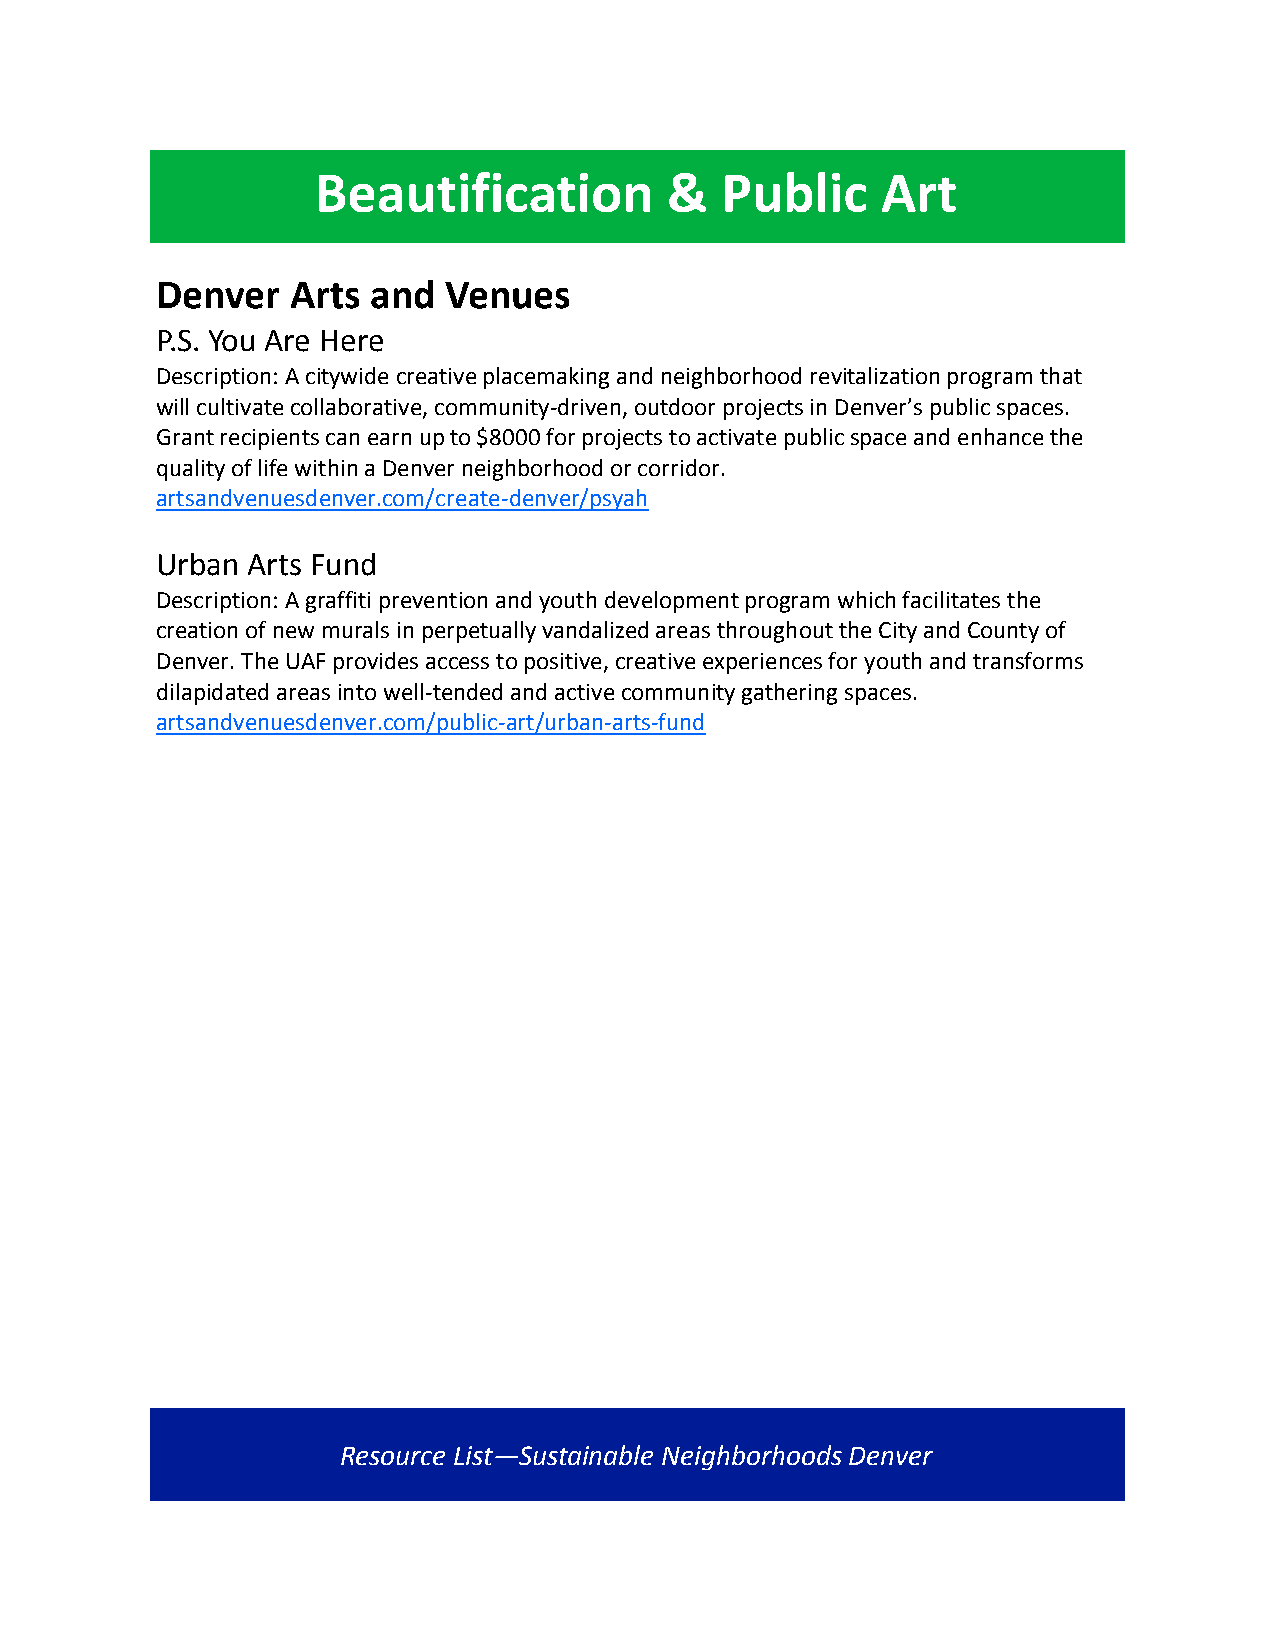
Beautification         &   Public    Art
 Denver   Arts  and Venues
 P.S. You Are Here
 Description: A citywide creative placemaking and neighborhood revitalization program that
 will cultivate collaborative, community-driven, outdoor projects in Denver’s public spaces.
 Grant recipients can earn up to $8000 for projects to activate public space and enhance the
 quality of life within a Denver neighborhood or corridor.
 artsandvenuesdenver.com/create-denver/psyah
 Urban Arts Fund
 Description: A graffiti prevention and youth development program which facilitates the
 creation of new murals in perpetually vandalized areas throughout the City and County of
 Denver. The UAF provides access to positive, creative experiences for youth and transforms
 dilapidated areas into well-tended and active community gathering spaces.
 artsandvenuesdenver.com/public-art/urban-arts-fund
 Resource List—Sustainable Neighborhoods Denver